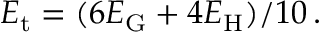
E _ { \mathrm { t } } = ( 6 E _ { \mathrm { G } } + 4 E _ { \mathrm { H } } ) / 1 0 \, .